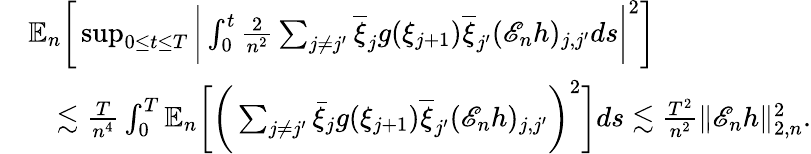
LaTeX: \begin{array}{rl}&{\mathbb{E}_{n}\bigg[\operatorname*{sup}_{0\le t\le T}\bigg|\int_{0}^{t}\frac{2}{n^{2}}\sum_{j\neq j^{\prime}}\overline{{\xi}}_{j}g(\xi_{j+1})\overline{{\xi}}_{j^{\prime}}(\mathscr{E}_{n}h)_{j,j^{\prime}}ds\bigg|^{2}\bigg]}\\ &{\quad\lesssim\frac{T}{n^{4}}\int_{0}^{T}\mathbb{E}_{n}\bigg[\bigg(\sum_{j\neq j^{\prime}}\bar{\xi}_{j}g(\xi_{j+1})\overline{{\xi}}_{j^{\prime}}(\mathscr{E}_{n}h)_{j,j^{\prime}}\bigg)^{2}\bigg]ds\lesssim\frac{T^{2}}{n^{2}}\| \mathscr{E}_{n}h\| _{2,n}^{2}.}\end{array}